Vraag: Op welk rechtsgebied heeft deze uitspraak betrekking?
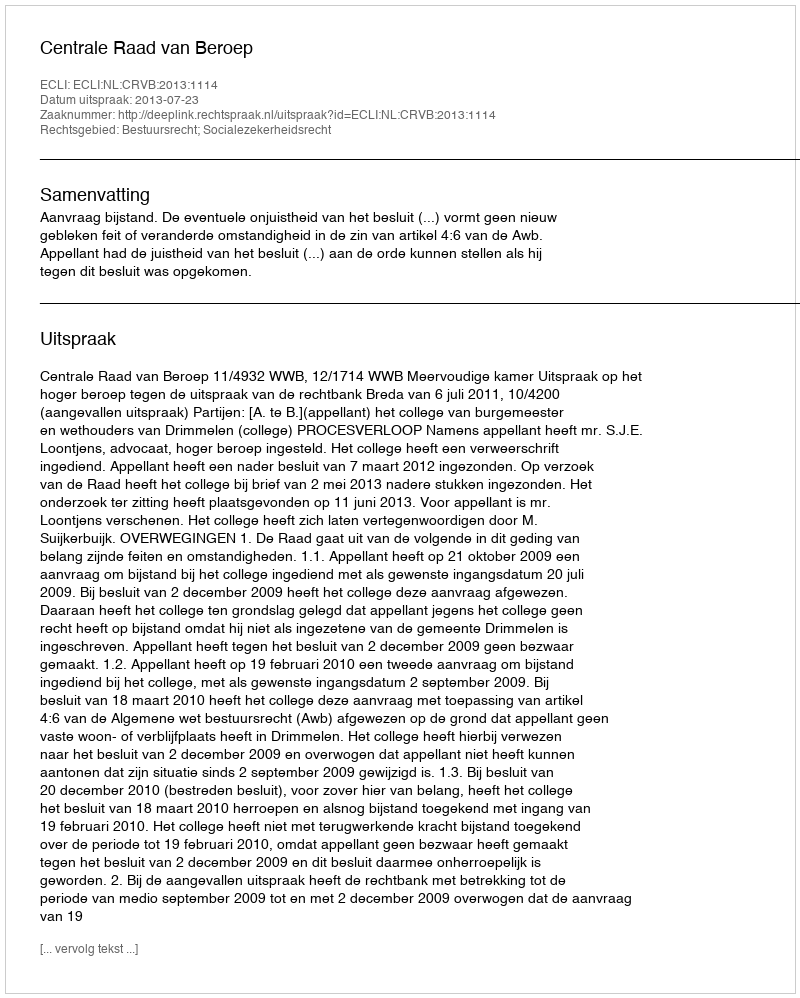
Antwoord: Bestuursrecht; Socialezekerheidsrecht